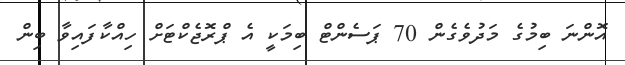
އޮންނަ ބިމުގެ މަދުވެގެން 70 ޕަސެންޓް ބިމަކީ އެ ޕްރޮޖެކްޓަށް ހިއްކާފައިވާ ބިން